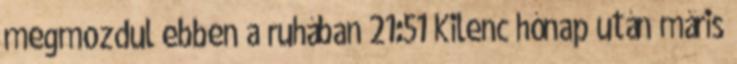
megmozdul ebben a ruhában 21:51 Kilenc hónap után máris